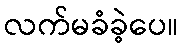
လက်မခံခဲ့ပေ။